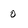
Character: 0